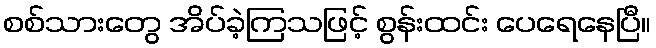
စစ်သားတွေ အိပ်ခဲ့ကြသဖြင့် စွန်းထင်း ပေရေနေပြီ။